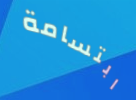
ابتسامة